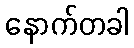
နောက်တခါ